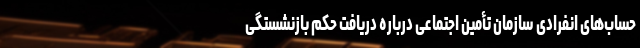
حساب‌های انفرادی سازمان تأمین اجتماعی درباره دریافت حکم بازنشستگی